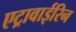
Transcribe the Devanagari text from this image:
एट्रावाईरिन